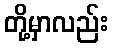
တို့မှာလည်း